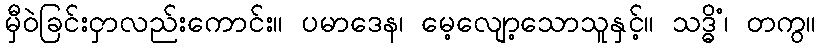
မှီဝဲခြင်းငှာလည်းကောင်း။ ပမာဒေန၊ မေ့လျော့သောသူနှင့်။ သဒ္ဓိံ၊ တကွ။